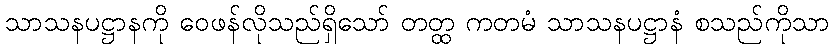
သာသနပဋ္ဌာနကို ဝေဖန်လိုသည်ရှိသော် တတ္ထ ကတမံ သာသနပဋ္ဌာနံ စသည်ကိုသာ